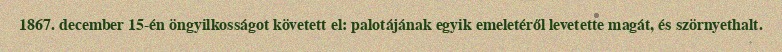
1867. december 15-én öngyilkosságot követett el: palotájának egyik emeletéről levetette magát, és szörnyethalt.